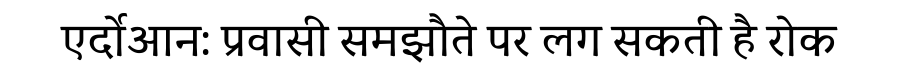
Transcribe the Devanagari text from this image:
एर्दोआन: प्रवासी समझौते पर लग सकती है रोक